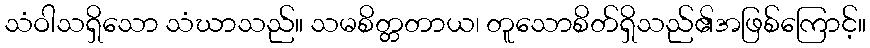
သံဝါသရှိသော သံဃာသည်။ သမစိတ္တတာယ၊ တူသောစိတ်ရှိသည်၏အဖြစ်ကြောင့်။